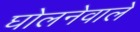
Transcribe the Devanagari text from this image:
घोलनेवाले